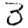
Digit: 3